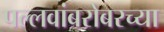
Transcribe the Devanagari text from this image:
पल्लवांबरोबरच्या